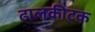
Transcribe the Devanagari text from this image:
ढालकीटक